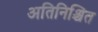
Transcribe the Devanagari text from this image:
अतिनिश्चित